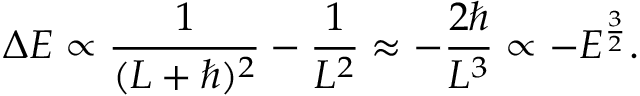
\Delta E \propto { \frac { 1 } { ( L + \hbar ) ^ { 2 } } } - { \frac { 1 } { L ^ { 2 } } } \approx - { \frac { 2 \hbar } { L ^ { 3 } } } \propto - E ^ { \frac { 3 } { 2 } } .